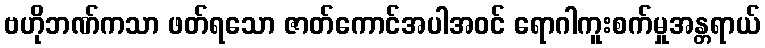
ဗဟိုဘဏ်ကသာ ဖတ်ရသော ဇာတ်ကောင်အပါအဝင် ရောဂါကူးစက်မှုအန္တရာယ်